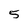
Character: 5